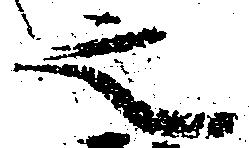
之